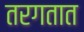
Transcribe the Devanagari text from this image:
तरगतात